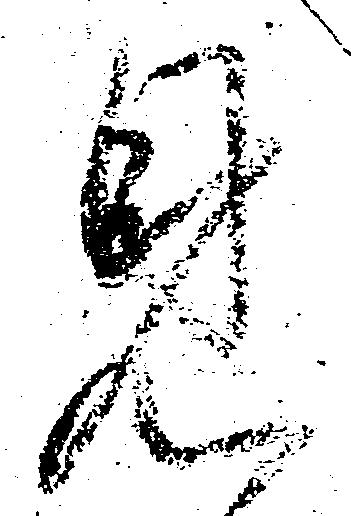
見